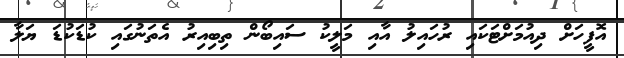
އޮފީހަށް ދިއުމަށްޓަކައި ރުހައިލު އާއި މަލީކު ސައިބޯން ތިބިއިރު އެތަނުގައި ކުޑަކުޑަ ޔަލާ